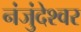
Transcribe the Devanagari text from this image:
नंजुंदेश्वर